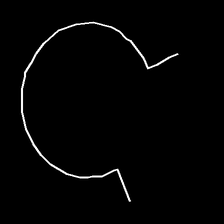
Glyph: weave